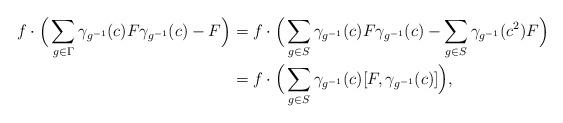
LaTeX: \begin{align*}f\cdot \Big(\sum_{g\in \Gamma}\gamma_{g^{-1}}(c)F\gamma_{g^{-1}}(c)-F\Big) &= f\cdot \Big(\sum_{g\in S}\gamma_{g^{-1}}(c)F\gamma_{g^{-1}}(c)-\sum_{g\in S} \gamma_{g^{-1}}(c^2)F\Big) \\& =f\cdot \Big(\sum_{g\in S}\gamma_{g^{-1}}(c)[F,\gamma_{g^{-1}}(c)]\Big),\end{align*}